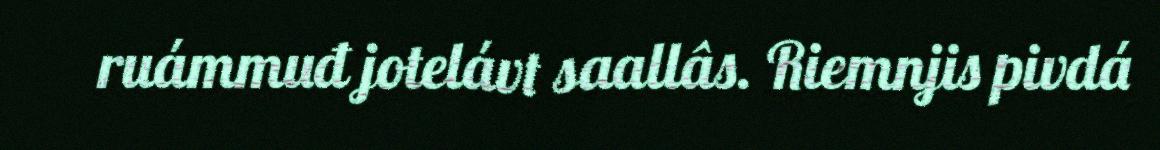
ruámmuđ jotelávt saallâs. Riemnjis pivdá